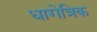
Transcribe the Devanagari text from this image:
धागेत्रिक